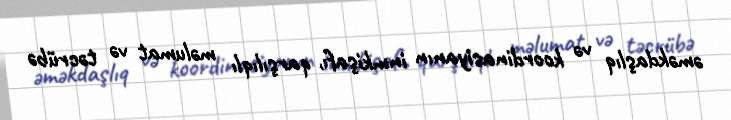
əməkdaşlıq və koordinasiyanın inmkişafı, qarşılıqlı məlumat və təcrübə